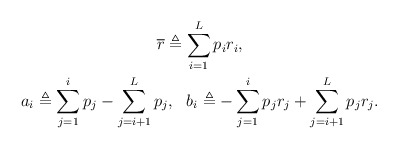
\begin{gather*} \overline{r} \triangleq \sum_{i=1}^L p_ir_i,\\ a_i \triangleq \sum_{j=1}^i p_j -\sum_{j=i+1}^L p_j,~~ b_i \triangleq -\sum_{j=1}^i p_jr_j +\sum_{j=i+1}^L p_jr_j.\end{gather*}